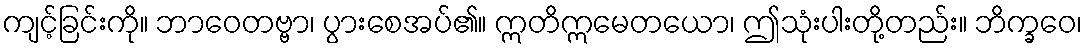
ကျင့်ခြင်းကို။ ဘာဝေတဗ္ဗာ၊ ပွားစေအပ်၏။ ဣတိဣမေတယော၊ ဤသုံးပါးတို့တည်း။ ဘိက္ခဝေ၊